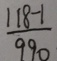
\frac { 1 1 8 - 1 } { 9 9 0 }